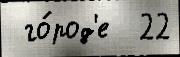
 го́род'е  22